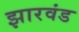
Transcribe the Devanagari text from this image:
झारवंड